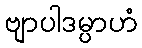
ဗျာပါဒမ္ပာဟံ